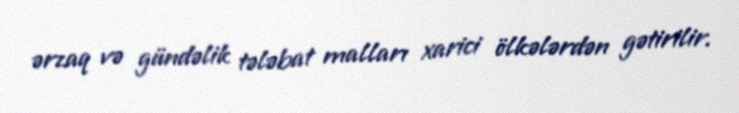
ərzaq və gündəlik tələbat malları xarici ölkələrdən gətirilir.